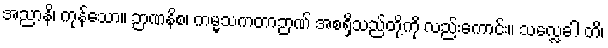
အညာနိ၊ ကုန်သော။ ဉာဏနိစ၊ ကမ္မသကတာဉာဏ် အစရှိသည်တို့ကို လည်းကောင်း။ သလ္လေခါ တိ၊